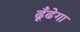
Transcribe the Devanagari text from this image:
ढूँढेगा